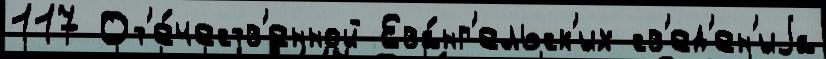
117 От'е́честв'енной Ева́нг'ельск'их св'ед'ен'иjа